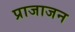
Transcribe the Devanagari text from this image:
प्राजाजन